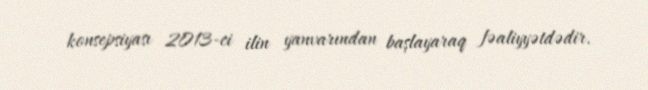
konsepsiyası 2013-ci ilin yanvarından başlayaraq fəaliyyətdədir.